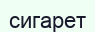
сигарет